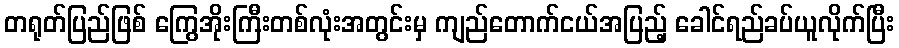
တရုတ်ပြည်ဖြစ် ကြွေအိုးကြီးတစ်လုံးအတွင်းမှ ကျည်တောက်ငယ်အပြည့် ခေါင်ရည်ခပ်ယူလိုက်ပြီး